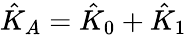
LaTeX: \hat{K}_{A}=\hat{K}_{0}+\hat{K}_{1}